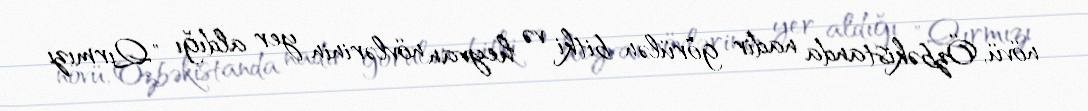
növü, Özbəkistanda nadir görülən bitki və heyvan növlərinin yer aldığı "Qırmızı